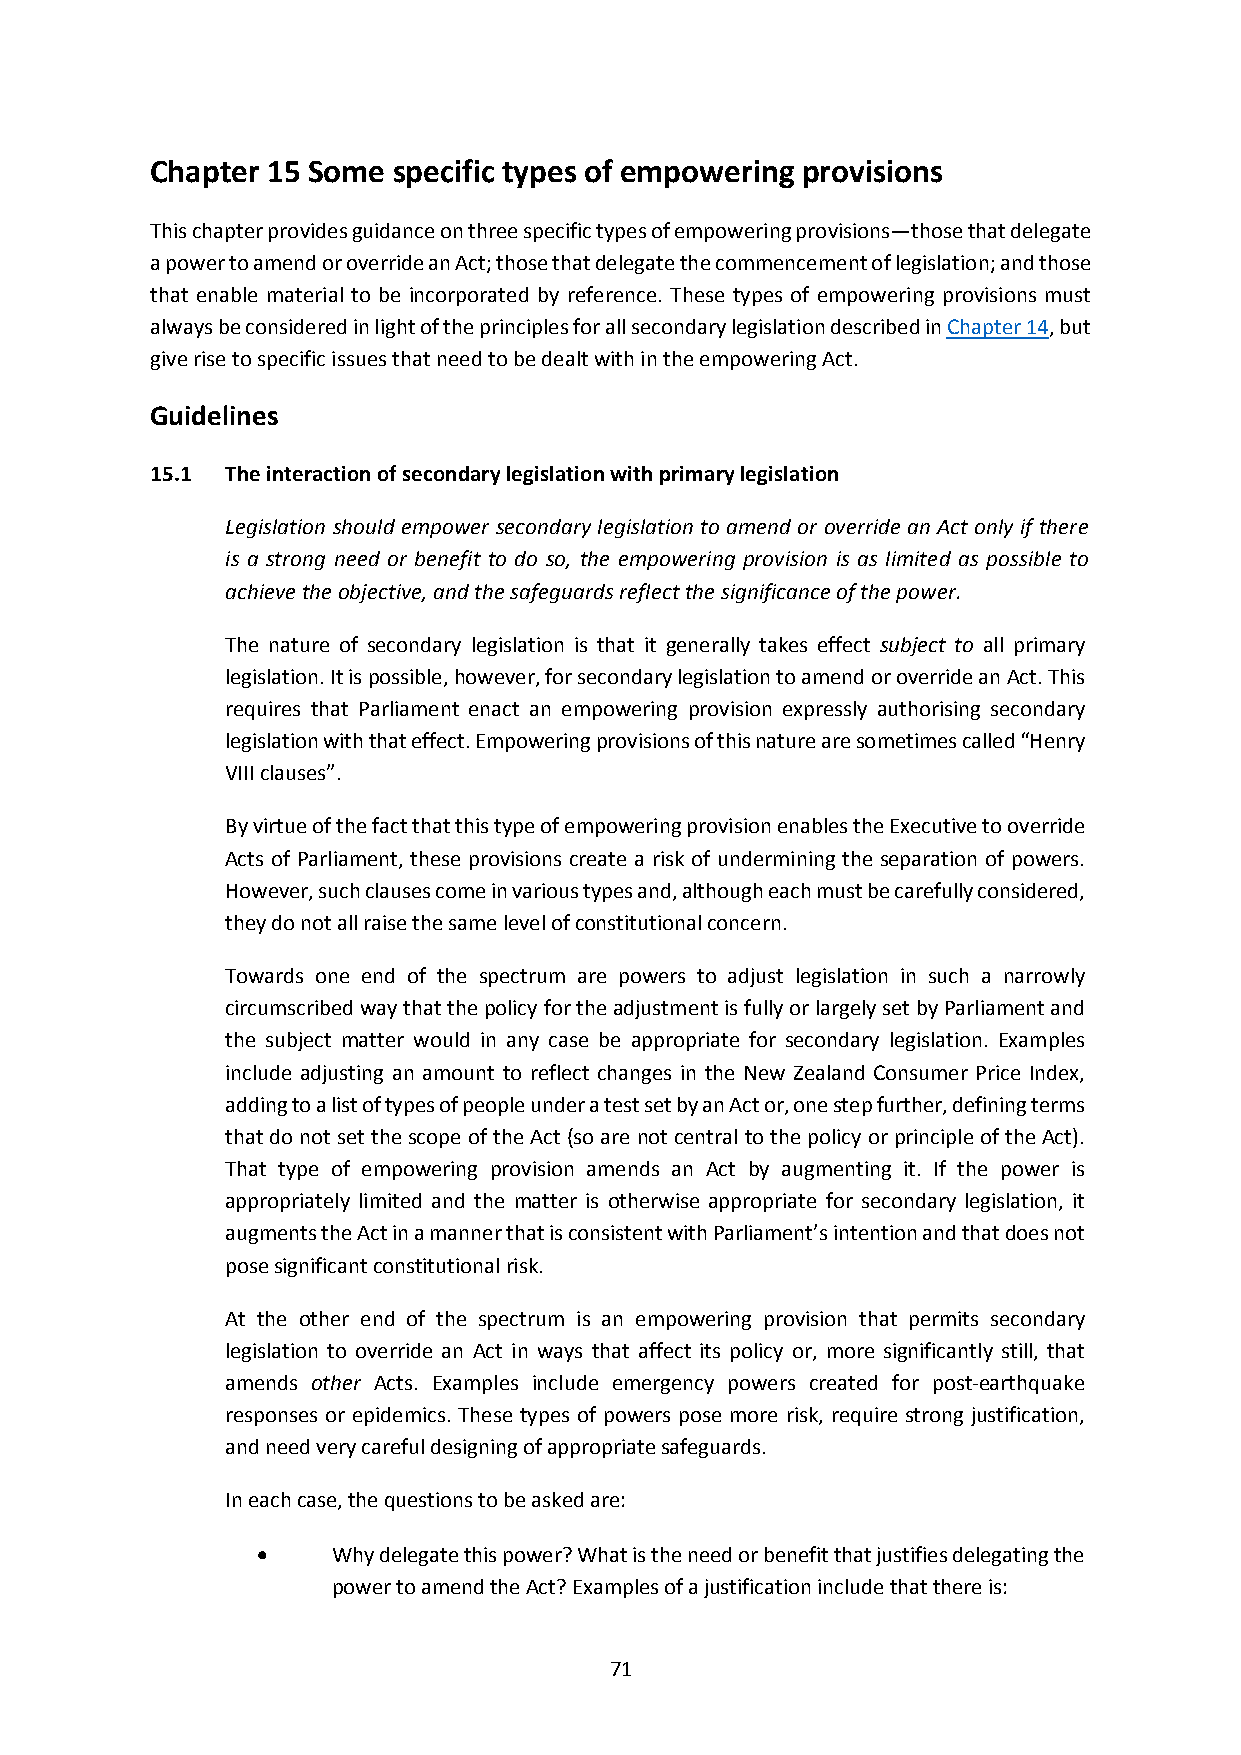
Chapter 15 Some specific types of empowering provisions
 This chapter provides guidance on three specific types of empowering provisions—those that delegate
 a power to amend or override an Act; those that delegate the commencement of legislation; and those
 that enable material to be incorporated by reference. These types of empowering provisions must
 always be considered in light of the principles for all secondary legislation described in Chapter 14, but
 give rise to specific issues that need to be dealt with in the empowering Act.
 Guidelines
 15.1 The interaction of secondary legislation with primary legislation
 Legislation should empower secondary legislation to amend or override an Act only if there
 is a strong need or benefit to do so, the empowering provision is as limited as possible to
 achieve the objective, and the safeguards reflect the significance of the power.
 The nature of secondary legislation is that it generally takes effect subject to all primary
 legislation. It is possible, however, for secondary legislation to amend or override an Act. This
 requires that Parliament enact an empowering provision expressly authorising secondary
 legislation with that effect. Empowering provisions of this nature are sometimes called “Henry
 VIII clauses”.
 By virtue of the fact that this type of empowering provision enables the Executive to override
 Acts of Parliament, these provisions create a risk of undermining the separation of powers.
 However, such clauses come in various types and, although each must be carefully considered,
 they do not all raise the same level of constitutional concern.
 Towards one end of the spectrum are powers to adjust legislation in such a narrowly
 circumscribed way that the policy for the adjustment is fully or largely set by Parliament and
 the subject matter would in any case be appropriate for secondary legislation. Examples
 include adjusting an amount to reflect changes in the New Zealand Consumer Price Index,
 adding to a list of types of people under a test set by an Act or, one step further, defining terms
 that do not set the scope of the Act (so are not central to the policy or principle of the Act).
 That type of empowering provision amends an Act by augmenting it. If the power is
 appropriately limited and the matter is otherwise appropriate for secondary legislation, it
 augments the Act in a manner that is consistent with Parliament’s intention and that does not
 pose significant constitutional risk.
 At the other end of the spectrum is an empowering provision that permits secondary
 legislation to override an Act in ways that affect its policy or, more significantly still, that
 amends other Acts. Examples include emergency powers created for post‐earthquake
 responses or epidemics. These types of powers pose more risk, require strong justification,
 and need very careful designing of appropriate safeguards.
 In each case, the questions to be asked are:
     Why delegate this power? What is the need or benefit that justifies delegating the
 power to amend the Act? Examples of a justification include that there is:
 71